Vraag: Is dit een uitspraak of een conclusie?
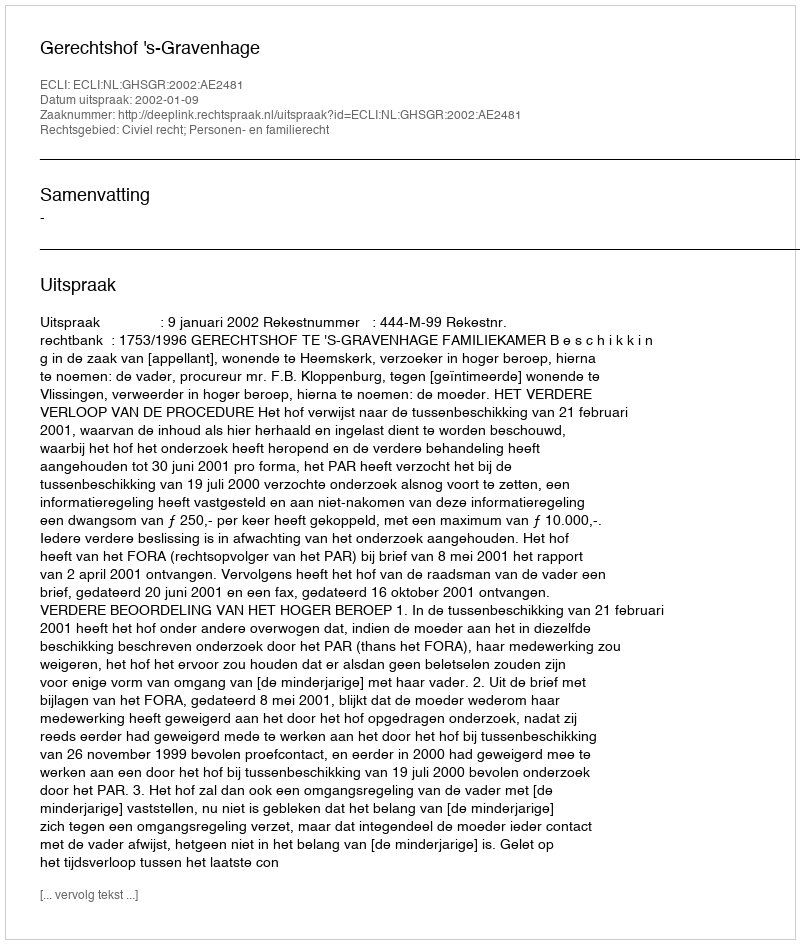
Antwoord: Uitspraak